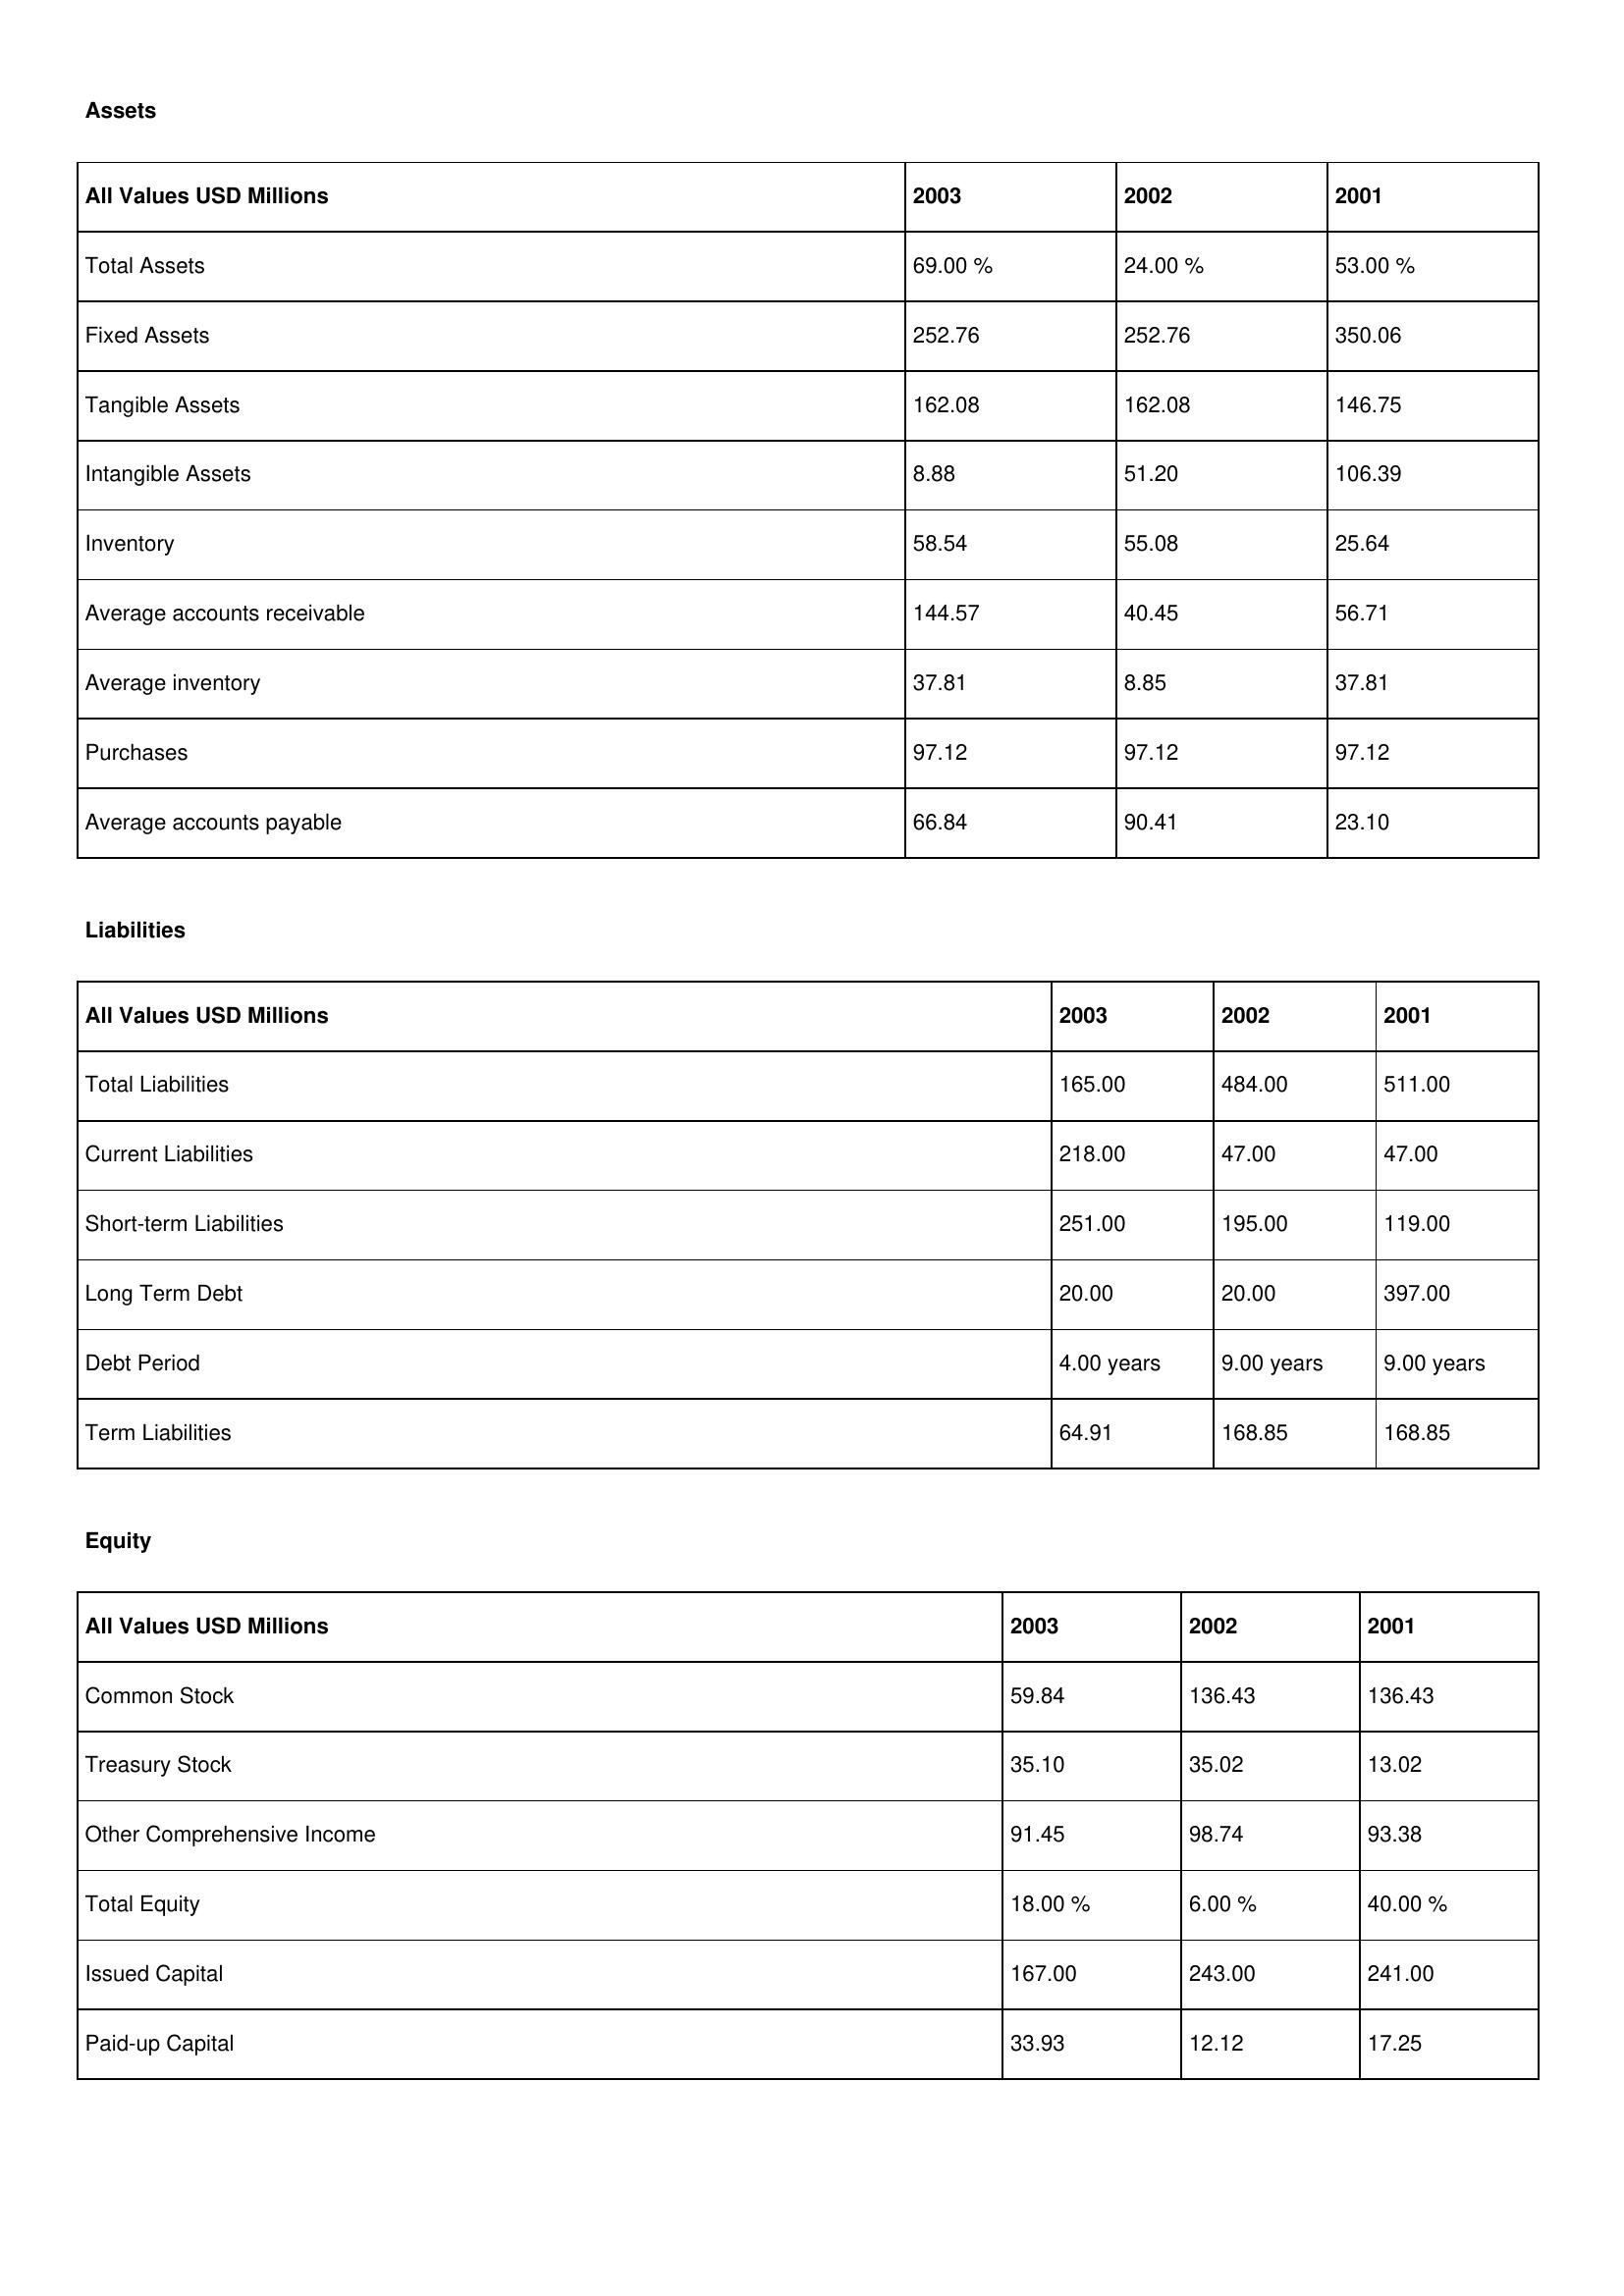
gt_parse: 2003: Assets: Total Assets: 69.00 %
Fixed Assets: 252.76
Tangible Assets: 162.08
Intangible Assets: 8.88
Inventory: 58.54
Average accounts receivable: 144.57
Average inventory: 37.81
Purchases: 97.12
Average accounts payable: 66.84
Liabilities: Total Liabilities: 165.00
Current Liabilities: 218.00
Short-term Liabilities: 251.00
Long Term Debt: 20.00
Debt Period: 4.00 years
Term Liabilities: 64.91
Equity: Common Stock: 59.84
Treasury Stock: 35.10
Other Comprehensive Income: 91.45
Total Equity: 18.00 %
Issued Capital: 167.00
Paid-up Capital: 33.93
2002: Assets: Total Assets: 24.00 %
Fixed Assets: 252.76
Tangible Assets: 162.08
Intangible Assets: 51.20
Inventory: 55.08
Average accounts receivable: 40.45
Average inventory: 8.85
Purchases: 97.12
Average accounts payable: 90.41
Liabilities: Total Liabilities: 484.00
Current Liabilities: 47.00
Short-term Liabilities: 195.00
Long Term Debt: 20.00
Debt Period: 9.00 years
Term Liabilities: 168.85
Equity: Common Stock: 136.43
Treasury Stock: 35.02
Other Comprehensive Income: 98.74
Total Equity: 6.00 %
Issued Capital: 243.00
Paid-up Capital: 12.12
2001: Assets: Total Assets: 53.00 %
Fixed Assets: 350.06
Tangible Assets: 146.75
Intangible Assets: 106.39
Inventory: 25.64
Average accounts receivable: 56.71
Average inventory: 37.81
Purchases: 97.12
Average accounts payable: 23.10
Liabilities: Total Liabilities: 511.00
Current Liabilities: 47.00
Short-term Liabilities: 119.00
Long Term Debt: 397.00
Debt Period: 9.00 years
Term Liabilities: 168.85
Equity: Common Stock: 136.43
Treasury Stock: 13.02
Other Comprehensive Income: 93.38
Total Equity: 40.00 %
Issued Capital: 241.00
Paid-up Capital: 17.25